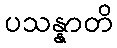
ပသန္နာတိ